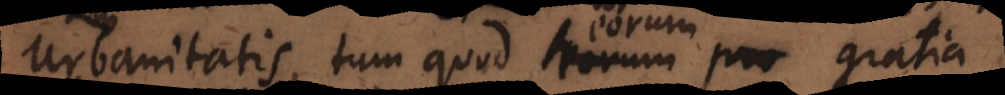
urbanitatis, tum quod eorum gratia